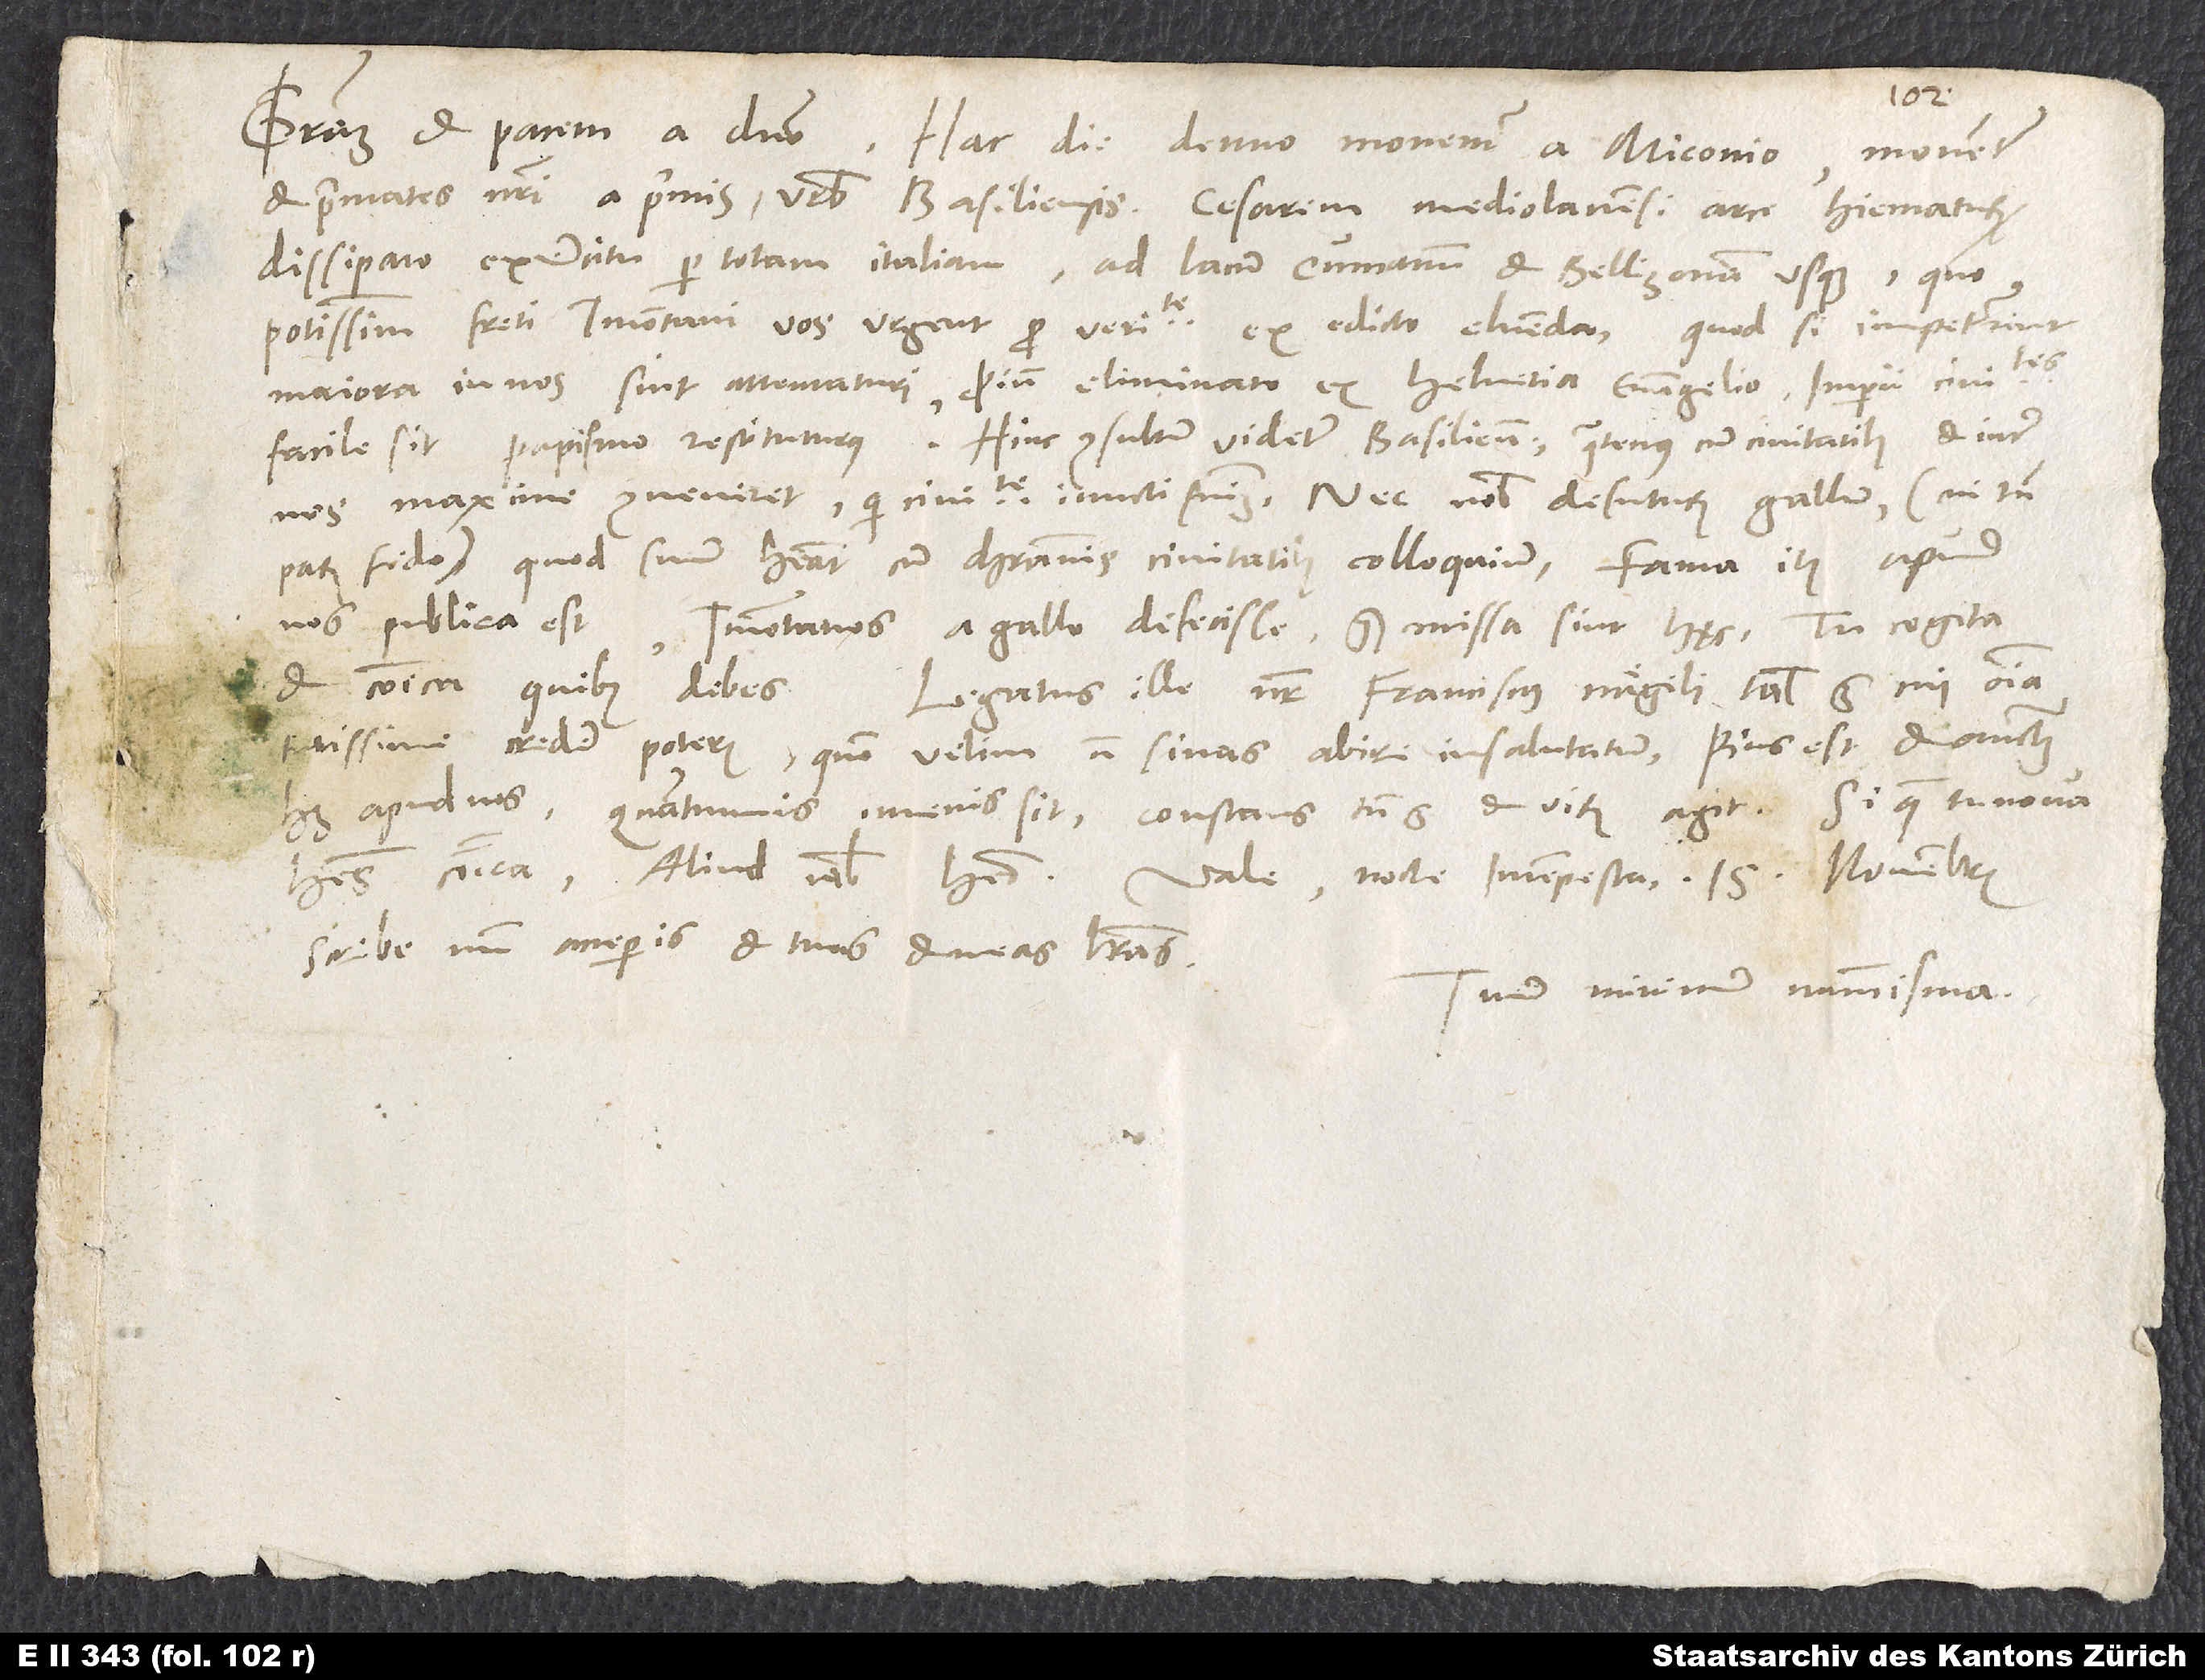
et primates nostri a primis urbis Basiliensis cesarem Mediolanensi arce hiematurum
dissipato exercitu per totam Italiam ad lacum Cumanum et Bellinzonam usque. Quo
potissimum freti Immontani vos urgent pro veritate ex edicto eluenda. Quod si impetrarint,
maiora in nos sint attentaturi. Proinde eliminato ex Helvetia evangelio imperii civitates
facile sit papismo restituturus. Hinc consultum videtur Basiliensibus, quatenus cum civitatibus et inter
nos maxime conveniret, qui civitate iuncti fuimus. Nec nobis defuturum Gallum - cui tamen
parum fido -, quod suum habeat cum christianis civitatibus colloquium. Fama item apud
nos publica est Immontanos a Gallo defecisse. Sed missa sint haec. Tu cogita,
et communica, quibus debes.
Legatus ille noster Franciscus Nägeli talis est, cui omnia
tutissime credere poteris. Quem velim non sinas abire insalutatum. Pius est et auctoritatem
habet apud nos. Quantumvis iuvenis sit, constans tamen est et virum agit. Si quae tu nova
Scribe, num acceperis et tuas et meas literas.
Tuum minimum nummisma.